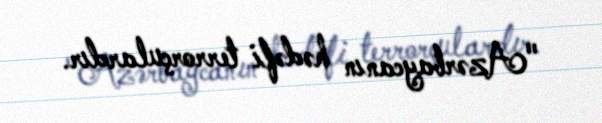
"Azərbaycanın hədəfi terrorçulardır.